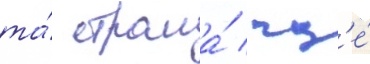
та́ страна́ / гд'е́